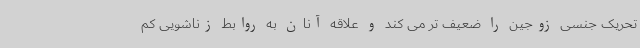
تحریک جنسی زوجین را ضعیف تر می کند و علاقه آنان به روابط زناشویی کم